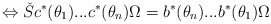
\begin{align*}\Leftrightarrow \check{S}c^{*}(\theta _{1})...c^{*}(\theta _{n})\Omega=b^{*}(\theta _{n})...b^{*}(\theta _{1})\Omega\end{align*}